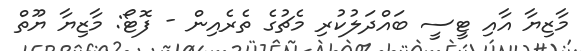
މާޒިޔާ އާއި ޓީސީ ބައްދަލުކުރި މެޗުގެ ތެރެއިން - ފޮޓޯ: މާޒިޔާ ޔޫތް